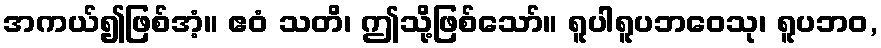
အကယ်၍ဖြစ်အံ့။ ဧဝံ သတိ၊ ဤသို့ဖြစ်သော်။ ရူပါရူပဘဝေသု၊ ရူပဘဝ,